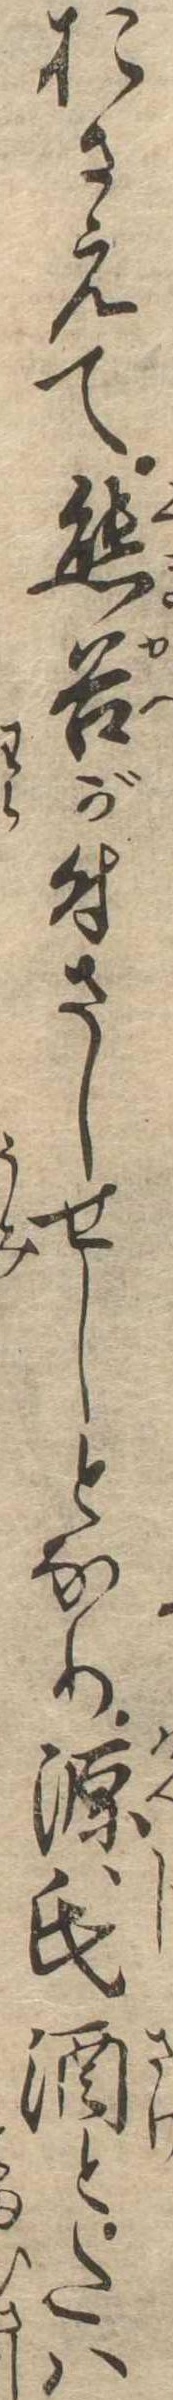
おさえて熊谷が付さしせしとなり源氏酒とたは